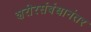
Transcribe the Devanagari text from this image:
शरीरसंबंधानंतर